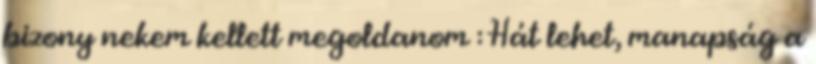
bizony nekem kellett megoldanom : Hát lehet, manapság a